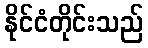
နိုင်ငံတိုင်းသည်